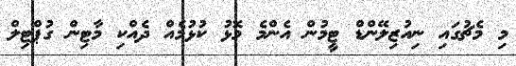
މި މެޗުގައި ނިއުޒިލޭންޑް ޓީމުން އެންމެ މޮޅު ކުޅުމެއް ދެއްކި މާޓިން ގުޕްޓިލް